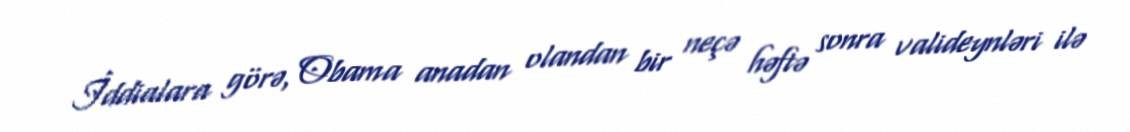
İddialara görə, Obama anadan olandan bir neçə həftə sonra valideynləri ilə